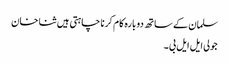
سلمان کے ساتھ دوبارہ کام کرنا چاہتی ہیں ثنا خان
جولی ایل ایل بی ۔